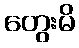
တွေးမိ